Annual report of the Imperial Bacteriological Laboratory, Muktesar
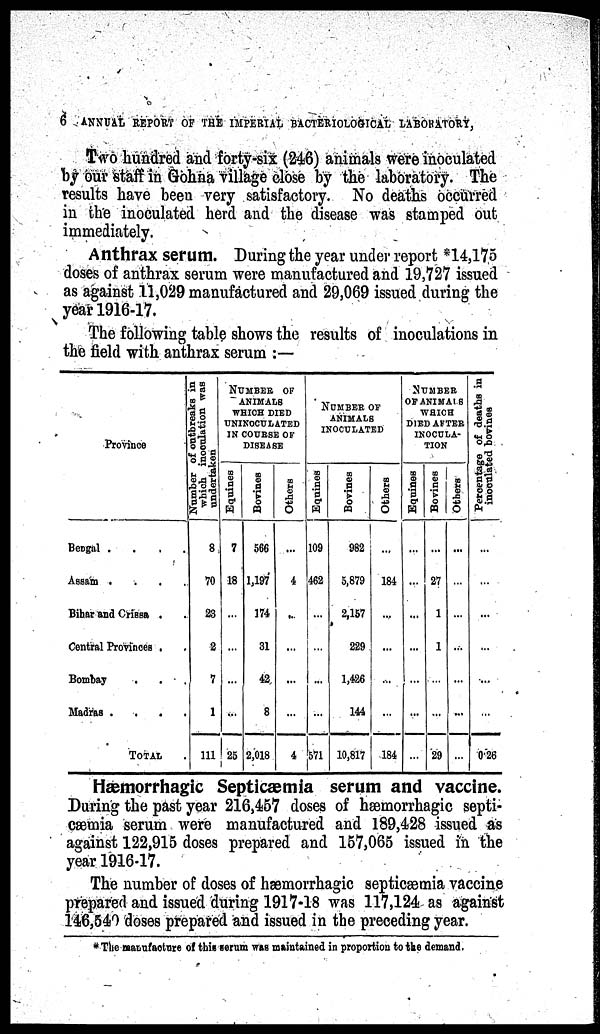
6 ANNUAL REPORT OF THE IMPERIAL BACTERIOLOGICAL LABORATORY,
Two hundred and forty-six (246) animals were inoculated
by our staff in Gohna village close by the laboratory. The
results have been very satisfactory. No deaths occurred
in the inoculated herd and the disease was stamped out
immediately.
Anthrax serum. During the year under report *14,175
doses of anthrax serum were manufactured and 19,727 issued
as against 11,029 manufactured and 29,069 issued during the
year 1916-17.
The following table shows the results of inoculations in
the field with anthrax serum :—
Province
Bengal ...
Assam
.
.
.
Bihar and Orissa .
Central Provinces .
Bombay
Madras
,
TOTAL ...
Number of outbreaks in
which inoculation was
undertaken
8
70
23
2
7
1
111
NUMBER OF
ANIMALS
WHICH DIED
UNINOCULATED
IN COUBSE OF
DISEASE
Equines
7
18
...
...
...
...
25
Bovines
566
1,197
174
31
42
8
2,018
Others
...
4
...
...
...
...
4
NUMBER OF
ANIMALS
INOCULATED
Equines
109
462
...
...
...
...
571
Bovines
982
5,879
2,157
229
1,426
144
10,817
Others
...
184
....
...
...
...
184
NUMBER
OF ANIMALS
WHICH
INOCULA¬
TION
Equines
...
...
...
...
...
...
Bovines
...
27
1
1
...
...
29
Others
...
...
...
...
...
...
Percentage of deaths in
inoculated bovines
...
...
...
...
...
...
0.26
Hæmorrhagic Septicæmia serum and vaccine.
During the past year 216,457 doses of hæmorrhagic septi-
cæmia serum were manufactured and 189,428 issued as
against 122,915 doses prepared and 157,065 issued in the
year 1916-17.
The number of doses of hæmorrhagic septicæmia vaccine
prepared and issued during 1917-18 was 117,124 as against
146,540 doses prepared and issued in the preceding year.
* The manufacture of this serum was maintained in proportion to the demand.